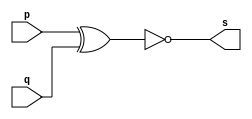
// --------------------- 
// Exercicio01-03 - XNOR
// Nome: Lucas Siqueira Chagas	 
// --------------------- 
// --------------------- 
// -- XNOR
// --------------------- 
module xnorgate (output s, 
input p, 
input q); 
assign s = ~(p^q); 
endmodule // xnorgate 
// --------------------- 
// -- test xnorgate 
// --------------------- 
module testxnorgate; 
// ------------------------- dados locais 
reg a,b; // definir registrador 
wire s; // definir conexao (fio) 
// ------------------------- instancia 
xnorgate XNOR1 (s, a, b); 
// ------------------------- preparacao 
initial begin:start 
a=0; 
b=0;
end 
// ------------------------- parte principal 
initial begin:main 
$display("Exercicio01-03 - Lucas Siqueira Chagas - 380783"); 
$display("Test xnor gate"); 
$display("\n ~(a ^ b) = s\n"); 
a=0; b=0;
$monitor("~(%b ^ %b) = %b", a, b, s);
#1 a=0; b=1;
#1 a=1; b=0;
#1 a=1; b=1;
end 
endmodule // testxnorgate